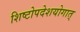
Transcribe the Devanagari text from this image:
शिष्टोपदेशयोगात्